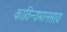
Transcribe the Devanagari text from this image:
काठिन्यमानसाय